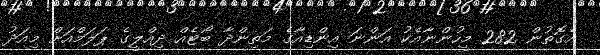
އެގޮތުން 282 މީހުންނާއެކު އަންނަ އިންޑިއާގެ މަތިންދާ ބޯޓެއް ދިއްލީގެ ޕަލަމްއަށް މިއަދު